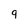
Character: 9